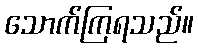
သောက်ကြရသည်။